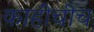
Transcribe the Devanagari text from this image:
काहींचीच